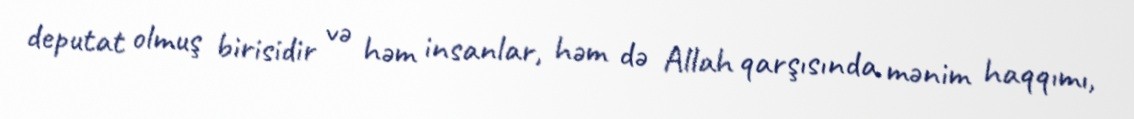
deputat olmuş birisidir və həm insanlar, həm də Allah qarşısında mənim haqqımı,